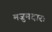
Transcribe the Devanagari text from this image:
मजुमदारः